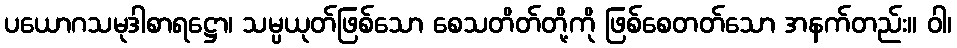
ပယောဂသမုဒါစာရဋ္ဌော၊ သမ္ပယုတ်ဖြစ်သော စေသတိတ်တို့ကို ဖြစ်စေတတ်သော အနက်တည်း။ ဝါ၊